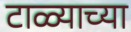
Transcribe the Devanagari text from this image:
टाळ्याच्या